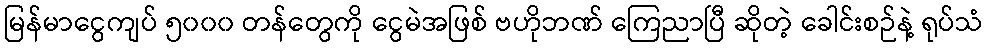
မြန်မာငွေကျပ် ၅၀၀၀ တန်တွေကို ငွေမဲအဖြစ် ဗဟိုဘဏ် ကြေညာပြီ ဆိုတဲ့ ခေါင်းစဉ်နဲ့ ရုပ်သံ